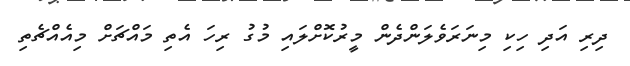
ދިރި އަދި ހިކި މިނަރަވެލަންދެން މީރުކޮށްލައި މުގު ރިހަ އެތި މައްޗަށް މިއެއްޗެތި